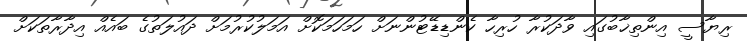
ރިޔާސީ އިންތިޚާބުގައި ވާދަކުރާ ހުރިހާ ކެންޑިޑޭޓުންނަށް ހަމަހަމަކޮށް އަމަލުކުރުމަށް ދައުލަތުގެ ބައެއް އިދާރާތަކަށް